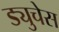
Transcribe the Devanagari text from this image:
ड्युचेस